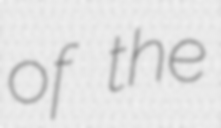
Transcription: of the